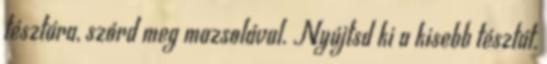
tésztára, szórd meg mazsolával. Nyújtsd ki a kisebb tésztát,